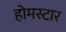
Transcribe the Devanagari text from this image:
होमस्टार